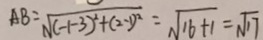
A B = \sqrt { ( - 1 - 3 ) ^ { 2 } + ( 2 - 1 ) ^ { 2 } } = \sqrt { 1 6 + 1 } = \sqrt { 1 7 }